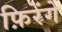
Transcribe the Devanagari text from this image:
फ़िरेंगे